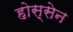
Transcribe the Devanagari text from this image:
होस्सेन